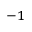
^ { - 1 }